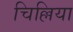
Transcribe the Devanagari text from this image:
चिल्लिया